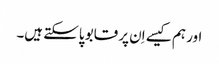
اور ہم کیسے اِن پر قابو پاسکتے ہیں۔